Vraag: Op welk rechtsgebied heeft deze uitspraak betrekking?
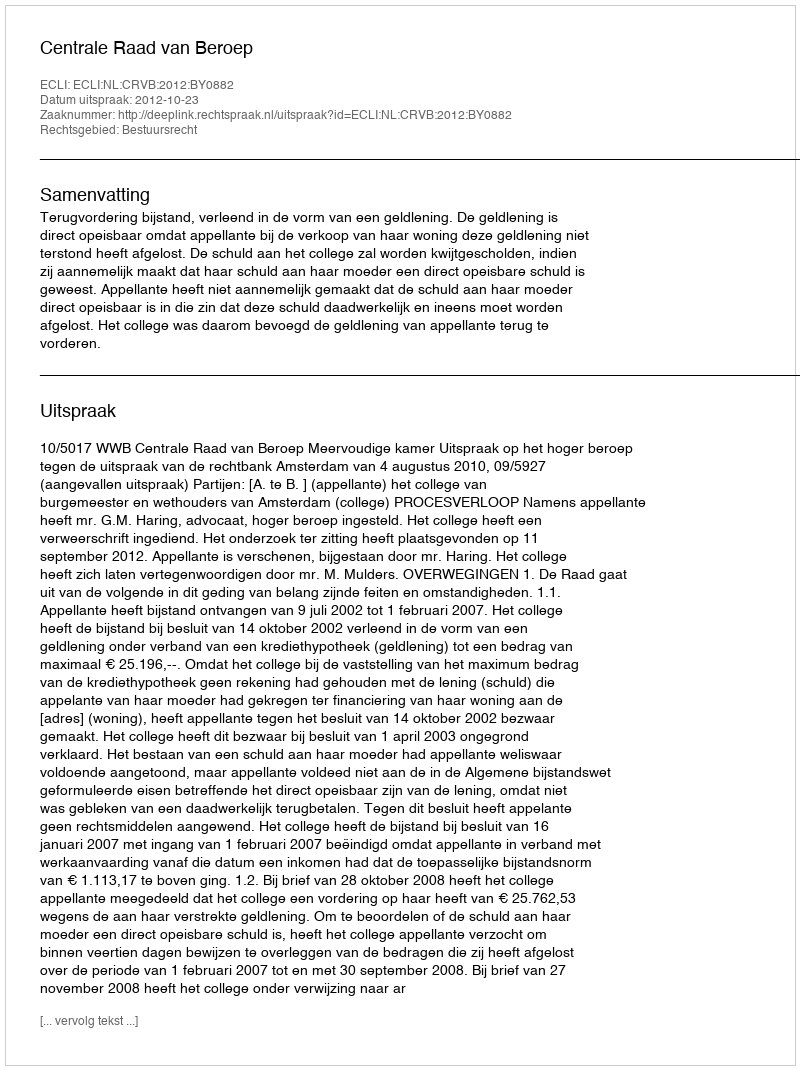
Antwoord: Bestuursrecht